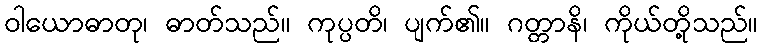
ဝါယောဓာတု၊ ဓာတ်သည်။ ကုပ္ပတိ၊ ပျက်၏။ ဂတ္တာနိ၊ ကိုယ်တို့သည်။